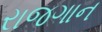
રાજગાન